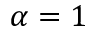
\alpha = 1